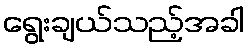
ရွေးချယ်သည့်အခါ